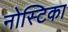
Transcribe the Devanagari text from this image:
नोस्टिका